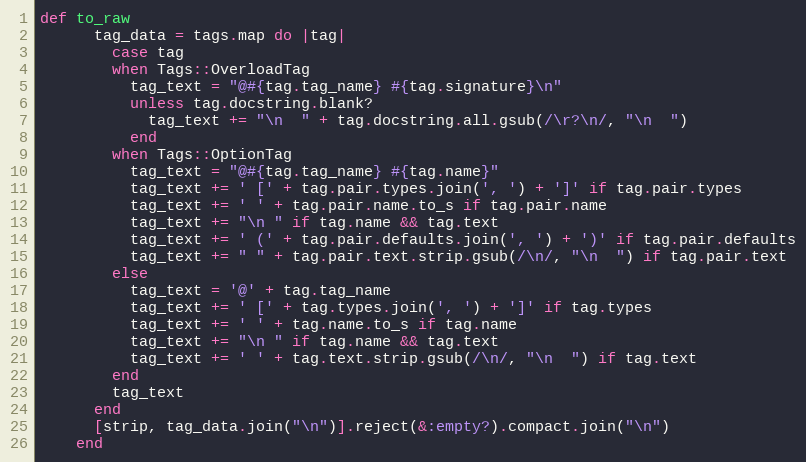
Language: Ruby
def to_raw
      tag_data = tags.map do |tag|
        case tag
        when Tags::OverloadTag
          tag_text = "@#{tag.tag_name} #{tag.signature}\n"
          unless tag.docstring.blank?
            tag_text += "\n  " + tag.docstring.all.gsub(/\r?\n/, "\n  ")
          end
        when Tags::OptionTag
          tag_text = "@#{tag.tag_name} #{tag.name}"
          tag_text += ' [' + tag.pair.types.join(', ') + ']' if tag.pair.types
          tag_text += ' ' + tag.pair.name.to_s if tag.pair.name
          tag_text += "\n " if tag.name && tag.text
          tag_text += ' (' + tag.pair.defaults.join(', ') + ')' if tag.pair.defaults
          tag_text += " " + tag.pair.text.strip.gsub(/\n/, "\n  ") if tag.pair.text
        else
          tag_text = '@' + tag.tag_name
          tag_text += ' [' + tag.types.join(', ') + ']' if tag.types
          tag_text += ' ' + tag.name.to_s if tag.name
          tag_text += "\n " if tag.name && tag.text
          tag_text += ' ' + tag.text.strip.gsub(/\n/, "\n  ") if tag.text
        end
        tag_text
      end
      [strip, tag_data.join("\n")].reject(&:empty?).compact.join("\n")
    end